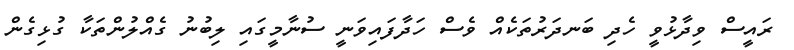
ރައީސް ވިދާޅުވީ ހެދި ބަނދަރުތަކެއް ވެސް ހަދާފައިވަނީ ސުނާމީގައި ލިބުނު ގެއްލުންތަކާ ގުޅިގެން